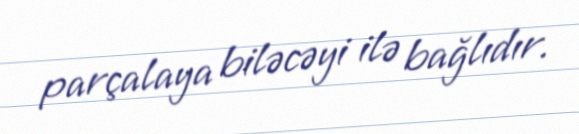
parçalaya biləcəyi ilə bağlıdır.